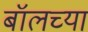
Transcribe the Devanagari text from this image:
बॉलच्या